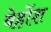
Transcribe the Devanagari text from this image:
बेहोंश